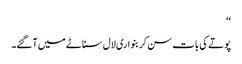
‘‘
پوتے کی بات سن کر بنواری لال سناٹے میں آگئے۔